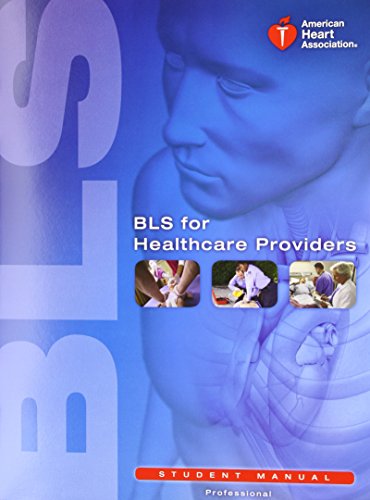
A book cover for BLS for Healthcare Providers (Student Manual); Test Preparation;